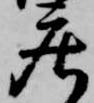
庄